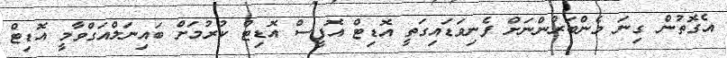
އެގޮތުން ގިނަ މެންބަރުންނަށް ފެނިވަޑައިގަތީ އޮޑިޓް އޮފީސް އޮޑިޓް ކުރުމަށް ބައިނަލްއަގްވާމީ އޮޑިޓް